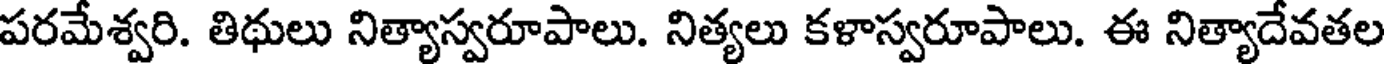
పరమేశ్వరి. తిథులు నిత్యాస్వరూపాలు. నిత్యలు కళాస్వరూపాలు. ఈ నిత్యాదేవతల